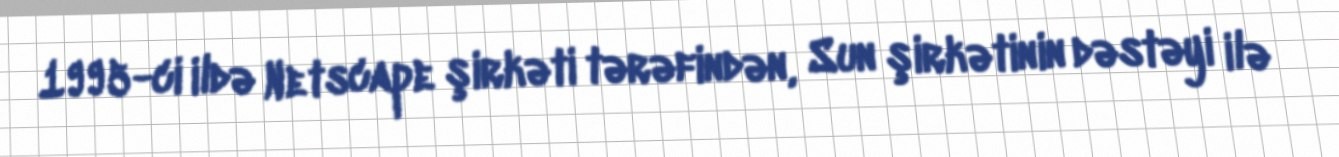
1995-ci ildə Netscape şirkəti tərəfindən, Sun şirkətinin dəstəyi ilə